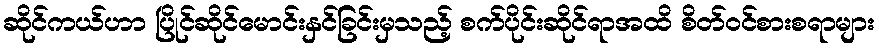
ဆိုင်ကယ်ဟာ ပြိုင်ဆိုင်မောင်းနှင်ခြင်းမှသည့် စက်ပိုင်းဆိုင်ရာအထိ စိတ်ဝင်စားစရာများ